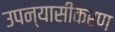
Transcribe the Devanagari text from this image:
उपन्‍यासीकरण